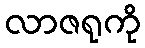
လာဇရုကို